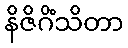
နိဇိဂိံသိတာ